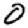
Digit: 0